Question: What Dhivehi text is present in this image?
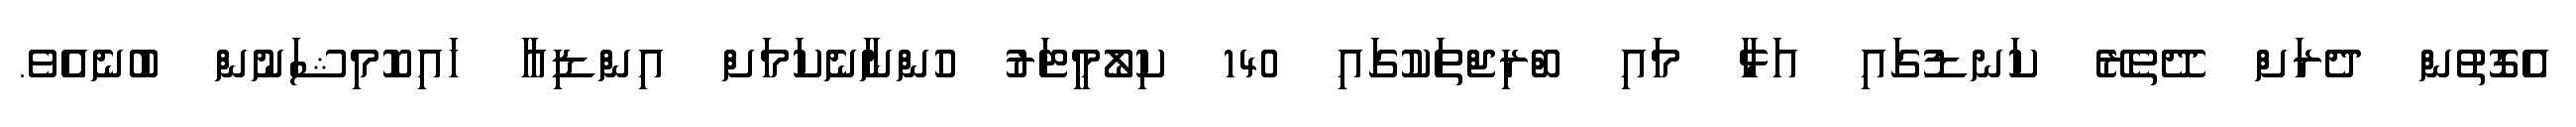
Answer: އެގޮތުން ދެރަށް ދޭތެރޭ ކަނޑުގައި އަޅާ މައި ބްރިޖްތަކުގައި 140 ކިލޯމީޓަރު ހުންނާނެކަމަށް އިންޑިއާ ހައިކޮމިޝަނުން ބުނެއެވެ.